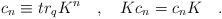
LaTeX: \begin{align*}c_{n} \equiv tr_{q} K^{n} \quad , \quad K c_{n} = c_{n} K \quad .\end{align*}